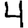
Digit: 4